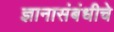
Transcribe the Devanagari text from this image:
ज्ञानासंबंधीचे